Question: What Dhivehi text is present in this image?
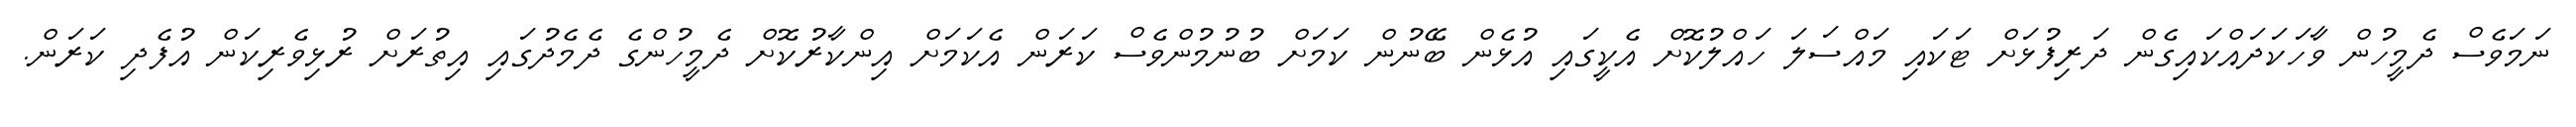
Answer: ނަމަވެސް ދެމީހުން ވާހަކަދައްކައިގެން ދަރިފުޅަށް ޓަކައި މައްސަލަ ހައްލުކޮށް އެކީގައި އުޅެން ބޭނުން ކަމަށް ބުނުމުންވެސް ކަރަން އެކަމަށް އިންކާރުކޮށް ދެމީހުންގެ ދެމެދުގައި އިތުރަށް ރުޅިވެރިކަން އުފެދި ކަރަން.